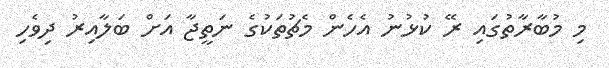
މި މުބާރާތުގައި ރޭ ކުޅުނު އެހެން މެޗުތަކުގެ ނަތީޖާ އަށް ބަލާއިރު ދިވެހި